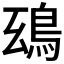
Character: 𩿒